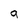
Character: g